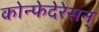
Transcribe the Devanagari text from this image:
कोन्फेदेरेसन्